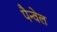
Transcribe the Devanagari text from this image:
पैन्वेल